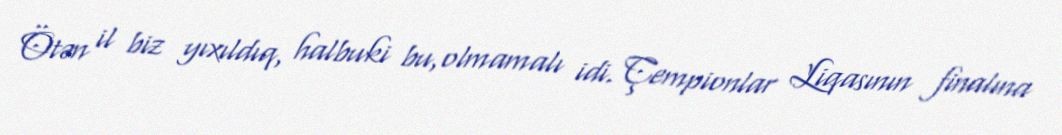
Ötən il biz yıxıldıq, halbuki bu,olmamalı idi. Çempionlar Liqasının finalına